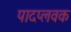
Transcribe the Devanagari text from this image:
पादप्लवक